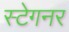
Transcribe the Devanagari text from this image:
स्टेगनर